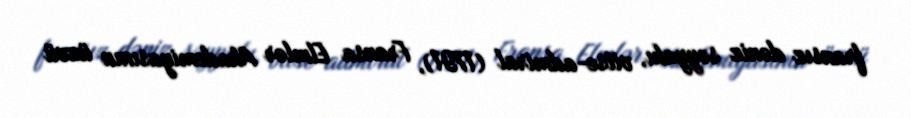
fransız dəniz səyyahı, vitse-admiral (1791), Fransa Elmlər Akademiyasının üzvü